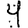
Digit: 4